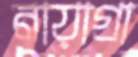
নায়াগ্রা